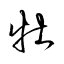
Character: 牡